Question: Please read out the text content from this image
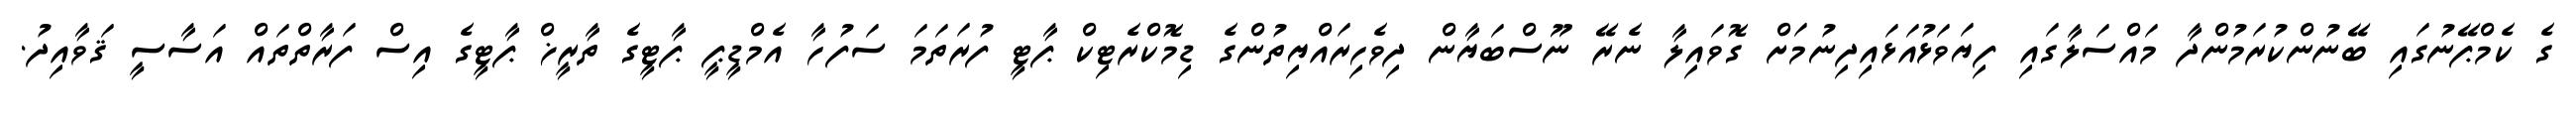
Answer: ގެ ކެމްޕޭނުގައި ބޭނުންކުރަމުންދާ މައްސަލާގައި ފިޔަވަޅުއަޅައިދިނުމަށް ގޮވައިލާ ނެރޭ ނޫސްބަޔާން ދިވެހިރައްޔިތުންގެ ޑިމޮކްރެޓިކް ޕާޓީ ފުރަތަމަ ސަފުހާ އެމްޑީޕީ ޕާޓީގެ ތާރީޚް ޕާޓީގެ އިސް ފަރާތްތައް އަސާސީ ޤަވާއިދު.